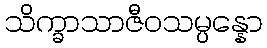
သိက္ခာသာဇီဝသမ္ပန္နော